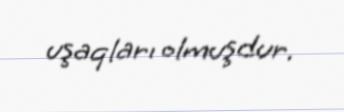
uşaqları olmuşdur.